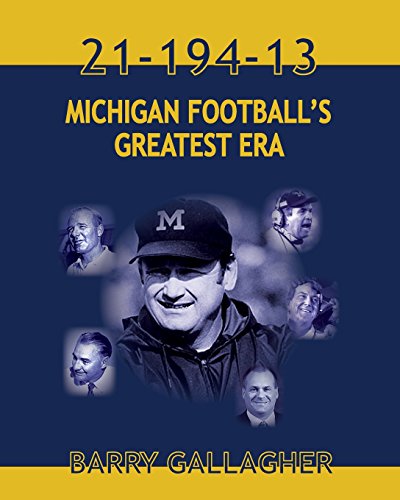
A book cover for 21-194-13 Michigan Football's Greatest Era; Barry Gallagher; Sports & Outdoors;